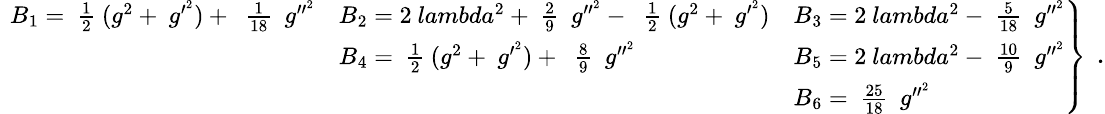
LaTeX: \mathrm{\small~\left.\begin{array}{lll}{{B_{1}=\mathrm{~\textstyle\frac{{1}}{{2}}~}(g^{2}+~g^{\prime^{2}})+~\mathrm{~\textstyle\frac{{1}}{{18}}~}~g^{\prime\prime^{2}}}}&{{B_{2}=2\ lambda^{2}+\mathrm{~\textstyle\frac{{2}}{{9}}~}~g^{\prime\prime^{2}}-~\mathrm{~\textstyle\frac{{1}}{{2}}~}(g^{2}+~g^{\prime^{2}})}}&{{B_{3}=2\ lambda^{2}-\mathrm{~\textstyle\frac{{5}}{{18}}~}~g^{\prime\prime^{2}}}}\\ {{}}&{{B_{4}=\mathrm{~\textstyle\frac{{1}}{{2}}~}(g^{2}+~g^{\prime^{2}})+~\mathrm{~\textstyle\frac{{8}}{{9}}~}~g^{\prime\prime^{2}}}}&{{B_{5}=2\ lambda^{2}-\mathrm{~\textstyle\frac{{10}}{{9}}~}~g^{\prime\prime^{2}}}}\\ {{}}&{{}}&{{B_{6}=\mathrm{~\textstyle\frac{{25}}{{18}}~}~g^{\prime\prime^{2}}}}\end{array}\right\} ~}\, .